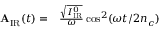
\begin{array} { r l } { \mathbf { A } _ { \mathrm { I R } } ( t ) = } & { { } \frac { \sqrt { I _ { \mathrm { I R } } ^ { 0 } } } { \omega } \cos ^ { 2 } ( \omega t / 2 n _ { c } ) } \end{array}